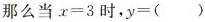
那么当$$x=3$$时，$$y=()$$